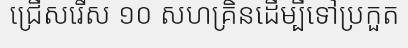
ជ្រើសរើស ១០ សហគ្រិនដើម្បីទៅប្រកួត